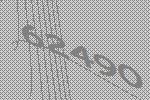
62490